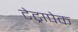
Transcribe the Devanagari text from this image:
टेट्रापेक